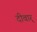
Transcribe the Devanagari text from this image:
दीवार्